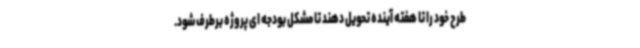
طرح خود را تا هفته آینده تحویل دهند تا مشکل بودجه ای پروژه برطرف شود.